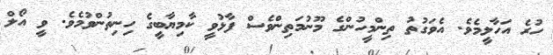
ހުރެ އަހާލީމެވެ. އެވަގުތު ތިންމީހުންގެ މޫނުމަތިންވެސް ފާޅުވީ ކާމިޔާބީގެ ހިނިތުންވުމެވެ. ވީ އޯލް